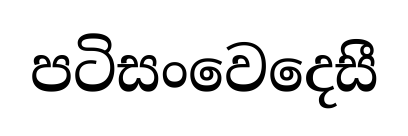
පටිසංවෙදෙසී